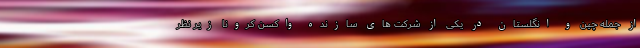
از جمله چین و انگلستان در یکی از شرکت های سازنده واکسن کرونا زیر نظر